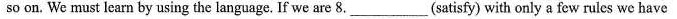
so on. We must learn by using the language. If we are 8. ___(satisfy) with only a few rules we have